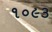
૧૦૯૩